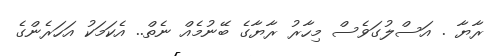
ރާޔާ . އަސްލުގަވެސް މިހާރު ރާޔާގެ ބޭނުމެއް ނެތް.. އެކަމަކު އަހަރެންގެ